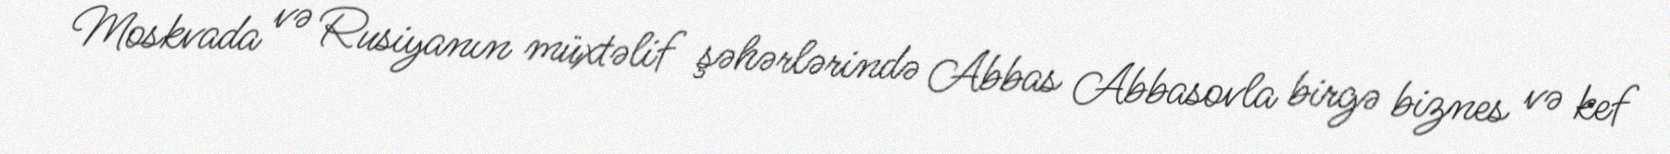
Moskvada və Rusiyanın müxtəlif şəhərlərində Abbas Abbasovla birgə biznes və kef